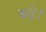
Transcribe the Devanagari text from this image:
बढे़।